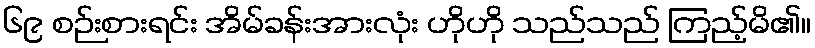
၆၉ စဉ်းစားရင်း အိမ်ခန်းအားလုံး ဟိုဟို သည်သည် ကြည့်မိ၏။